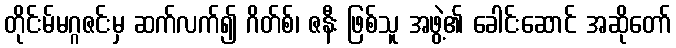
တိုင်းမ်မဂ္ဂဇင်းမှ ဆက်လက်၍ ဂိတ်စ်၊ ဇနီး ဖြစ်သူ အဖွဲ့၏ ခေါင်းဆောင် အဆိုတော်